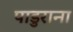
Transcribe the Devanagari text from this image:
पाडुराना